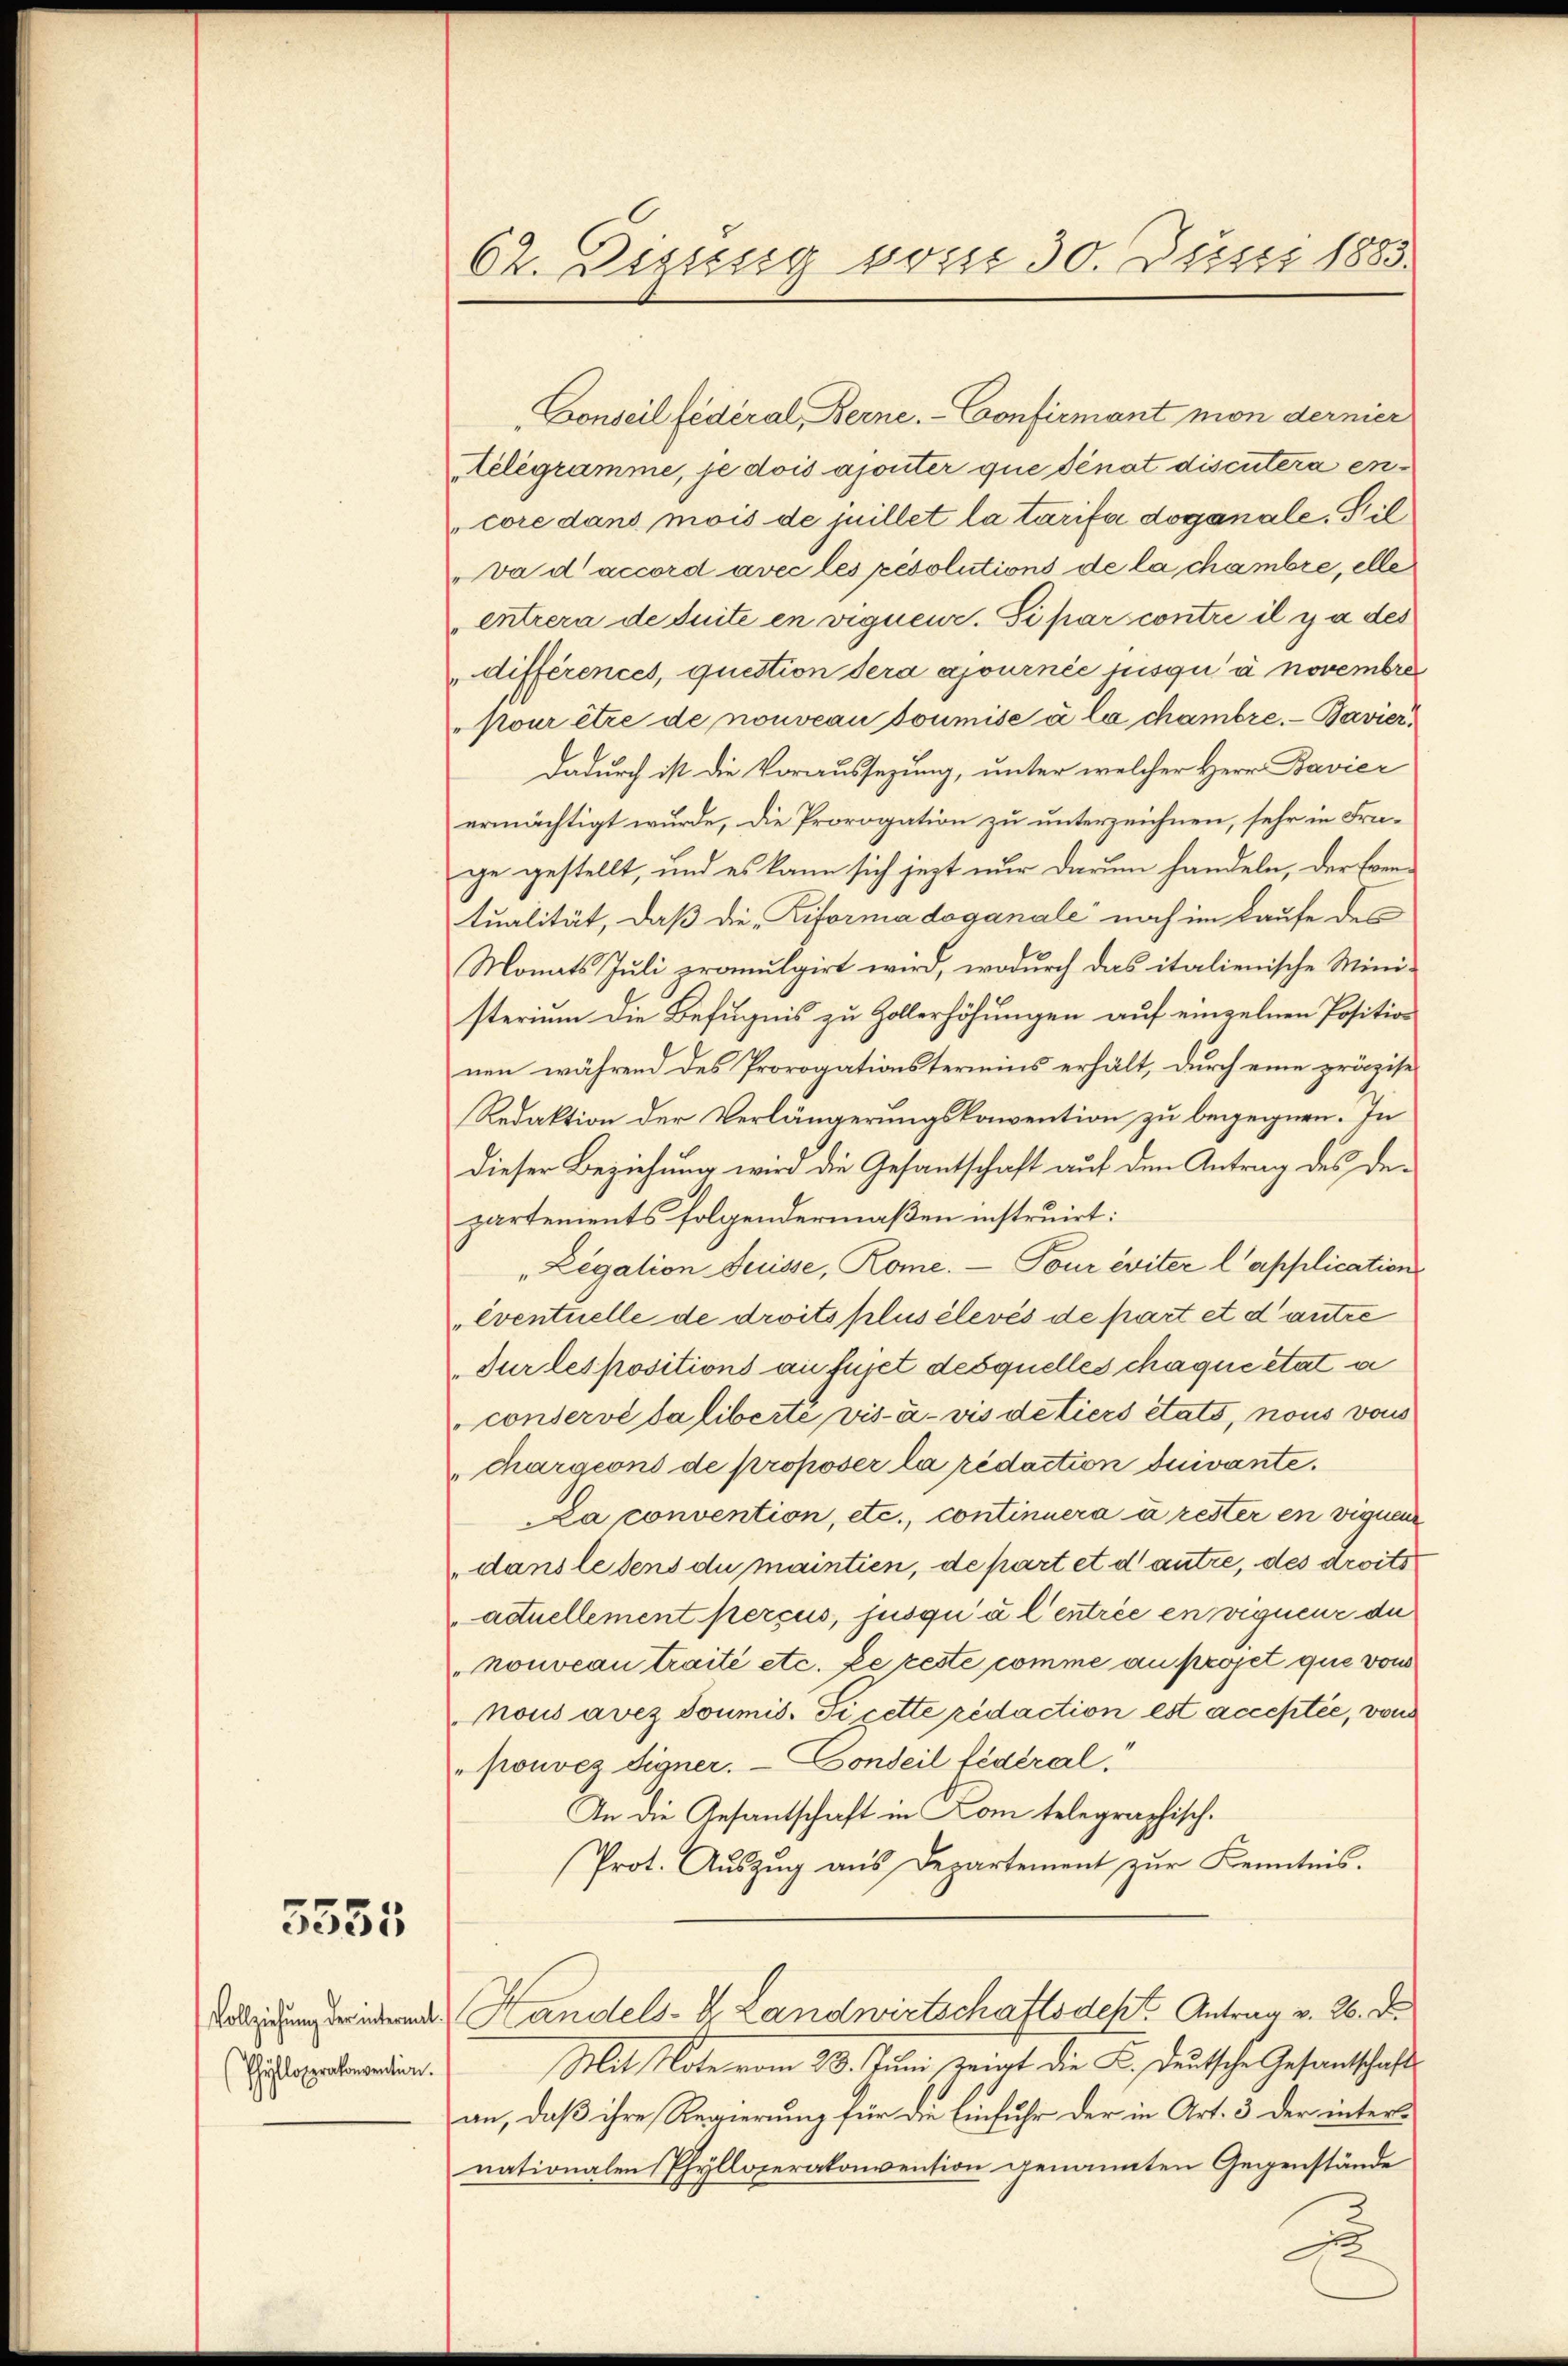
5555.

Vollziehung der intermal
Phyllopprakonvention.

62. Dissesig vom 30. Juni 1885.

Conseil fédéral Berne. - Confirmant mon dernier
elegramme, je dois ajouter que dénat discutera encore dans mois de juillet la tarife doganale. Gil
va d’accord avec les resolutions de la chambre, elle
entrera de suite en vignen. Si par contre il y a des
différences, question sera ajournée jusqu’ à novembre
"Nour être de nouveau soumise à la chambre. - Bavier,
Dadurch ist die Voraussezung, unter welcher Herr Bavier
ermächtigt wurde, die Prorogation zu unterzeichnen, sehr in Frage gestellt, und es kann sich jezt nur darum handeln, der Eventualität, daß die „Riformadoganale noch im Laufe des
Monats Jŭli promulgirt wird, wodŭrch das italienische Mini-
sterium die Befugnis zu Zollerhöhungen auf einzelnen Position
nen während des Prorogationstermins erhält, durch eine präzise
Redaktion der Verlängerungskonvention zu begegnen. In
dieser Beziehung wird die Gesantschaft auf den Antrag des departements folgendermaßen instruirt:
"Legation Suisse, Rome. — Tour éviter l’applications
eventuelle de droits plus élevés de part et d’autre
dur les positions an fujet desquelles chaque état a
conservé la liberte vis-à-vis de tiers états, nous vous
chargeons de proposer la rédaction duivante.
Da convention, etc., continuera à rester in vignen
dans le dens du maintien, de part et d autre, des droits
aduellement perçus, jusqui a l entrée en requenz de
nouveau traité etc. ze reste comme au projet que von
ous aves soumis. Si cette redaction est acceptée, von
"ponvez Signer. — Conseil fédéral
In die Gesantschaft in Kom telegraphisch.
Prot. Aŭszŭg aŭs Departement zŭr Kenntnis.
Handels- & Landwirtschaftsdest. Antrag v. 26. d.
Mit Note vom 28. Juni zeigt die K. Deutsche Gesantschafts
an, daß ihre Regierung für die Einfuhr der in Art. 3 der internationalen Phylloperakonvention genannten Gegenstände
u